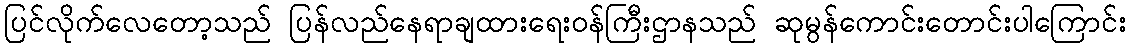
ပြင်လိုက်လေတော့သည် ပြန်လည်နေရာချထားရေးဝန်ကြီးဌာနသည် ဆုမွန်ကောင်းတောင်းပါကြောင်း